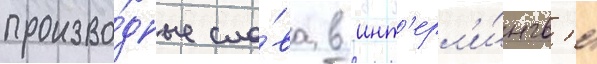
произво́дные сло́ва в инт'ерл'и́нгв'е